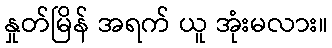
နှုတ်မြိန် အရက် ယူ အုံးမလား။